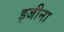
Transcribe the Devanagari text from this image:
इजीना